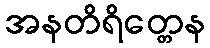
အနတိရိတ္တေန